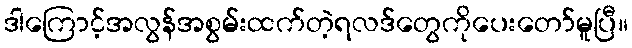
ဒါကြောင့်အလွန်အစွမ်းထက်တဲ့ရလဒ်တွေကိုပေးတော်မူပြီ။